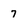
Character: 7